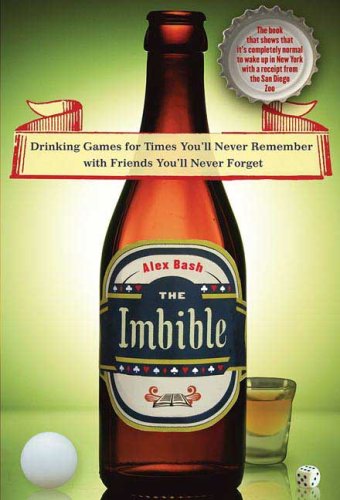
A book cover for The Imbible: Drinking Games for Times You'll Never Remember with Friends You'll Never Forget; Alex Bash; Humor & Entertainment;